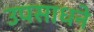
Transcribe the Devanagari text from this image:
उपसाधने